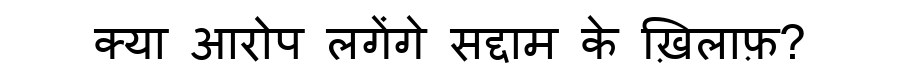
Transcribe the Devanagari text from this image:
क्या आरोप लगेंगे सद्दाम के ख़िलाफ़?